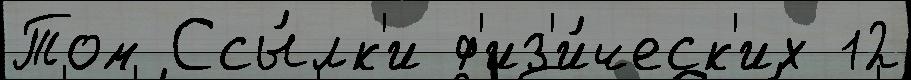
Том Ссы́лк'и ф'из'и́ческ'их 12